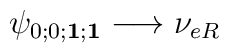
\psi_{0;0;{\mathbf 1};{\mathbf 1}} \longrightarrow \nu_{eR}\hskip6.0cm